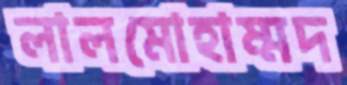
লালমোহাম্মদ